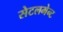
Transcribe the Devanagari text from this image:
सेटलमेन्ट